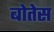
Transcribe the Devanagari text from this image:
बोतेस